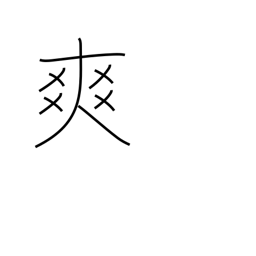
Meaning: resonant